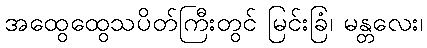
အထွေထွေသပိတ်ကြီးတွင် မြင်းခြံ၊ မန္တလေး၊